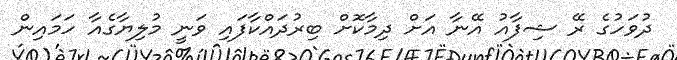
ދުވަހުގެ ރޭ ޝިފާއު އޭނާ އަށް ދިމާކޮށް ބިރުދައްކާފައި ވަނީ މުލިޔާގެއާ ހަމައިން